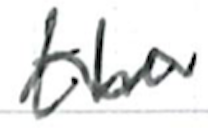
Text: the
Cross-out: wave
Writing tool: ballpoint